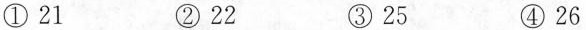
①21 ②22 ③25 ④26